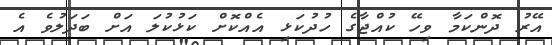
އޭރު ދޮންކަމާ ވިހޭ ކުއްޖާގެ ހުދުކަޅި އެއްކޮށް ކަޅުކުލަ އަށް ބަދަލުވެ އެ